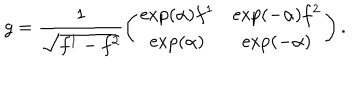
g = \frac { 1 } { \sqrt { f ^ { 1 } - f ^ { 2 } } } \left( \begin{array} { c c } { { \exp ( \alpha ) f ^ { 1 } } } & { { \exp ( - \alpha ) f ^ { 2 } } } \\ { { \exp ( \alpha ) } } & { { \exp ( - \alpha ) } } \\ \end{array} \right) .